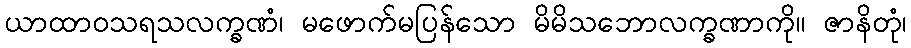
ယာထာဝသရသလက္ခဏံ၊ မဖောက်မပြန်သော မိမိသဘောလက္ခဏာကို။ ဇာနိတုံ၊